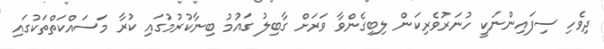
ދިވެހި ސިފައިންނަކިީ ހުނަރުވެރިކަން ލިބިގެންވާ ވަރަށް ގާބިލު ގައުމު ބިނާކުރުމުގައި ކުރާ މަސައްކަތްތަކުގައި